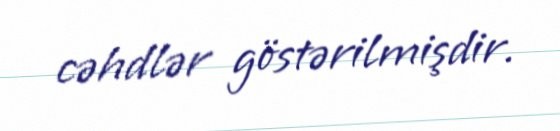
cəhdlər göstərilmişdir.